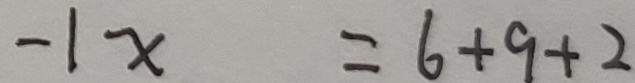
- 1 x = 6 + 9 + 2